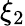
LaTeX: \xi_{2}